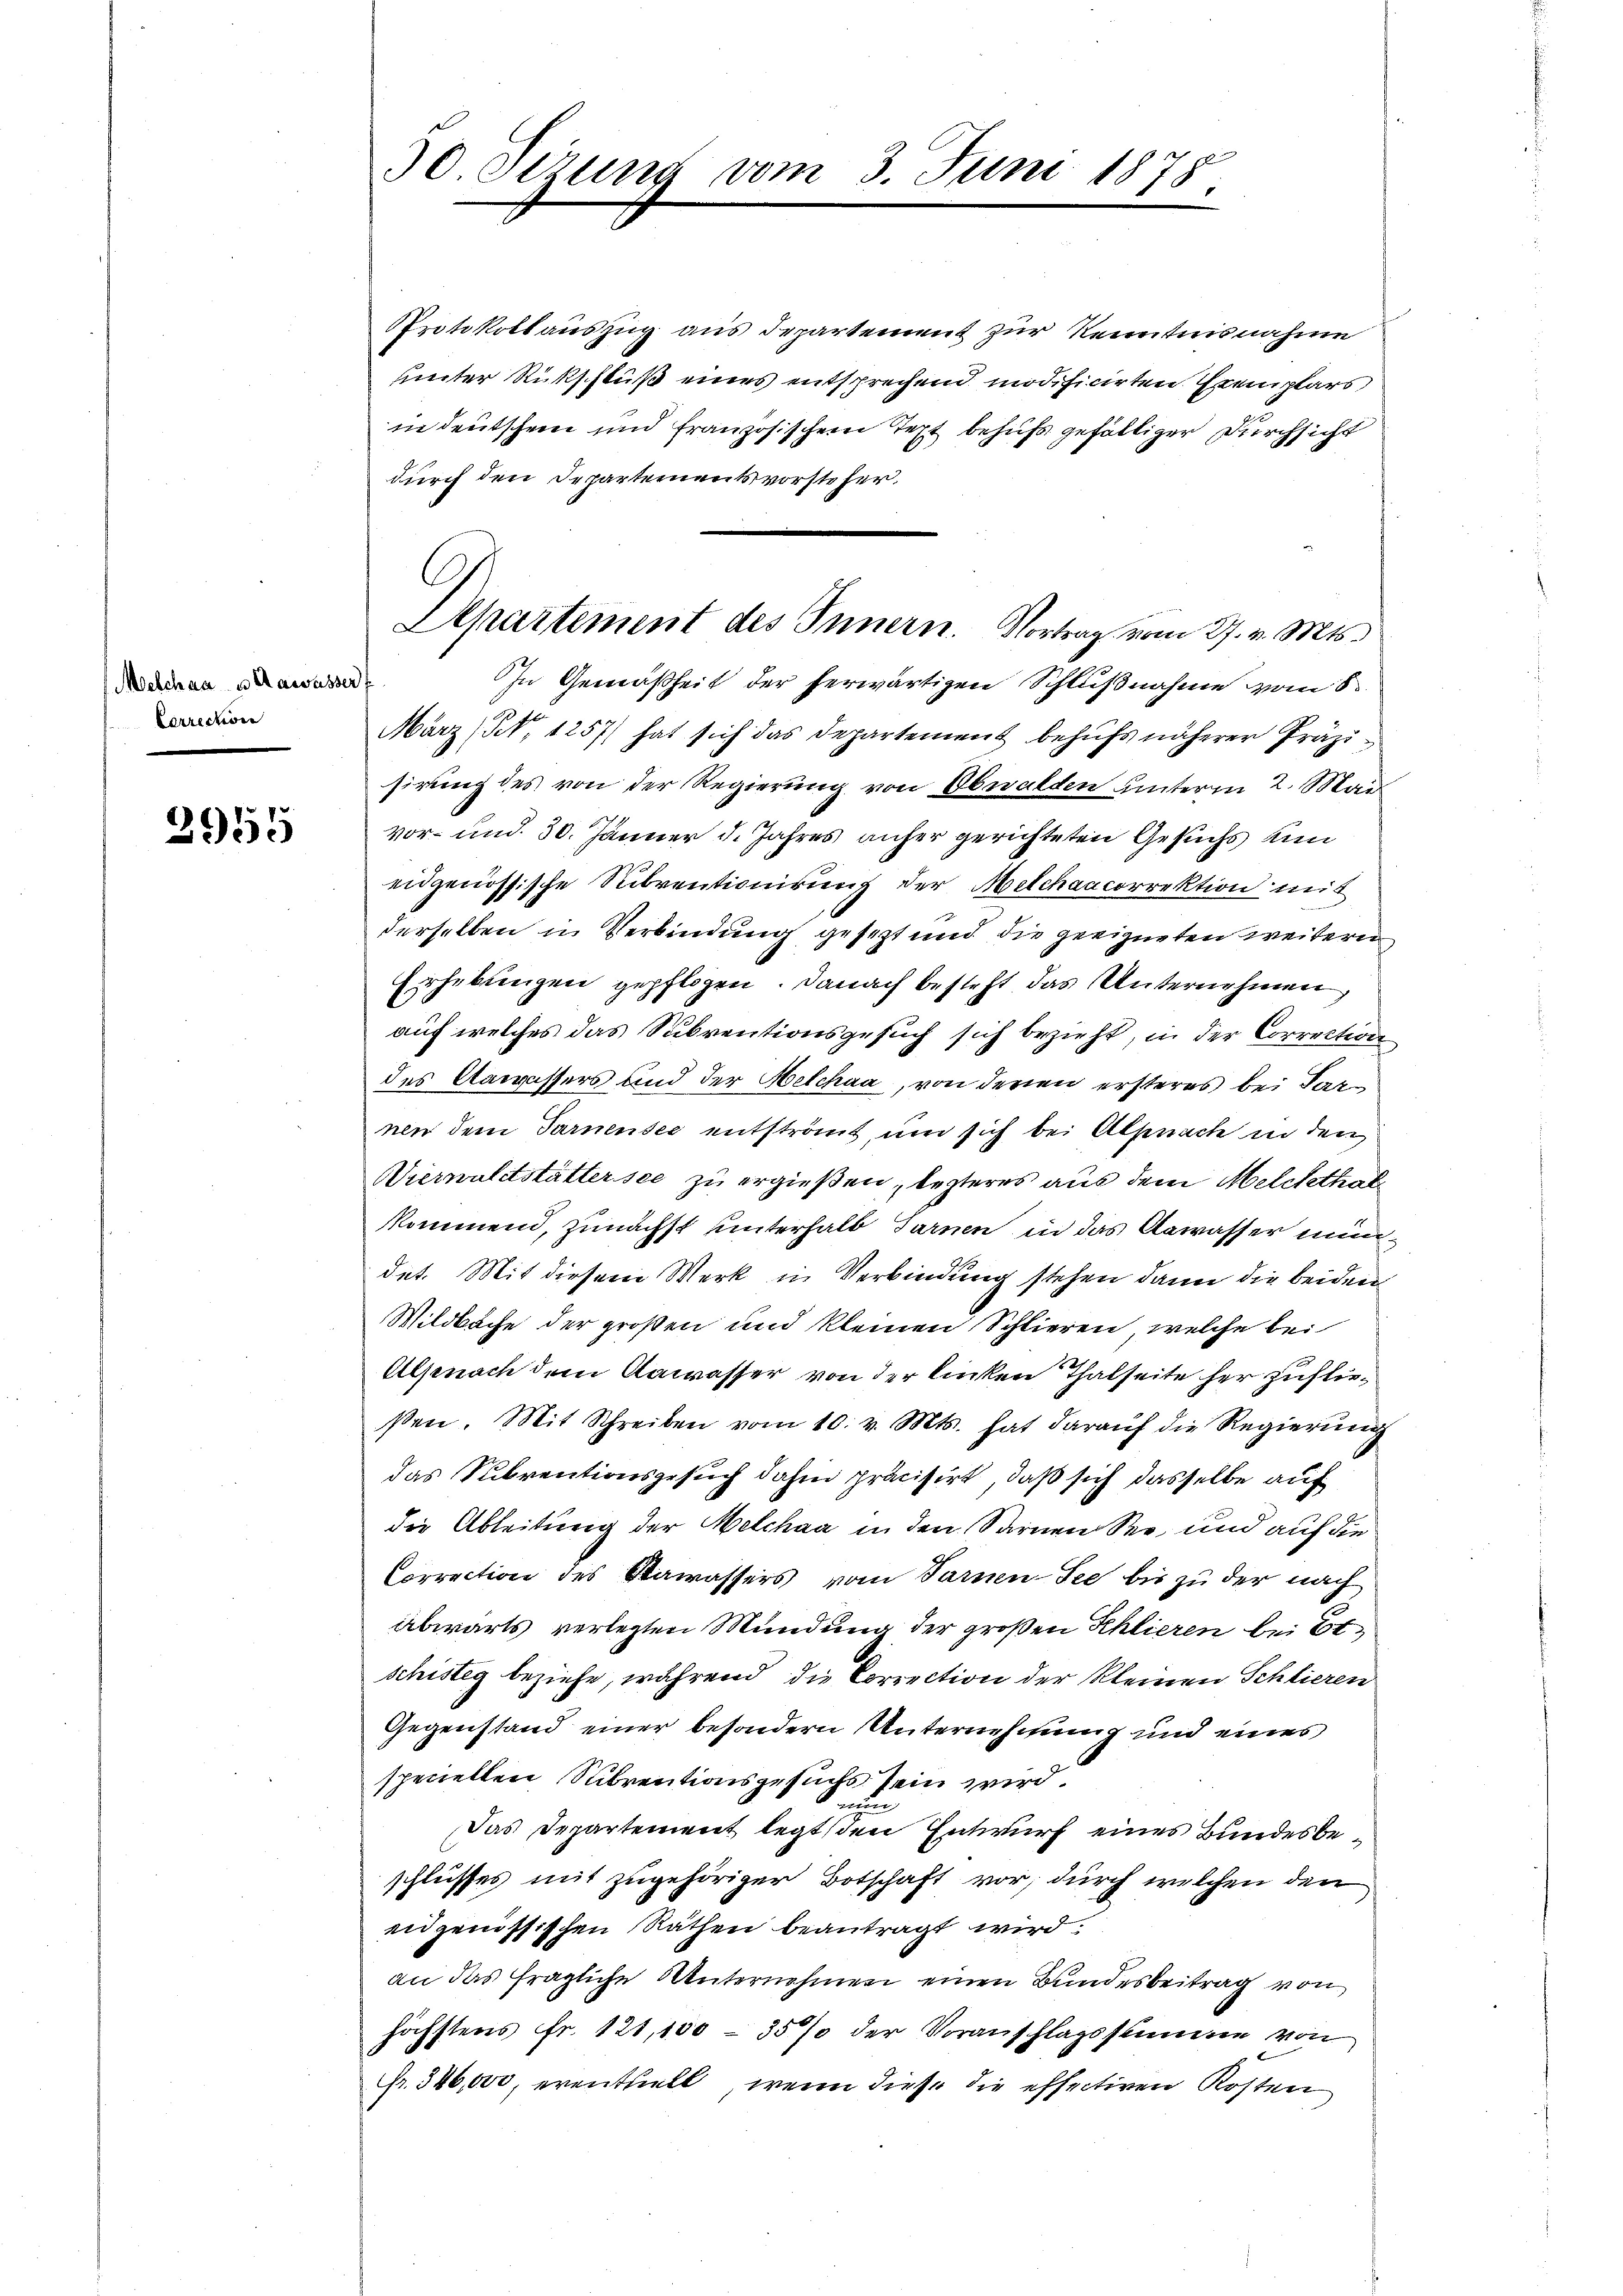
Melchau u. Aawasser
Correction

2955

30 Sizung vom 3. Juni 1878

Protokollauszug aus Departement zur Kenntnisnahme
unter Rückschluß eines entsprechend modificirten Exemplars)
in deutschein und französischem Text behufs gefältiger Durchsicht
durch den Departementsvorsteher.
In Gemäßheit der herwärtigen Schlußnahme vom 8.
März (N. 1257) hat sich das Departement behufs näherer Präzisirung des von der Regierung von Obwalden unterm 2. Mai
vor- und 30. Jänner d. Jahres anher gerichteten Gesuchs um
eidgenössische Subventionirung der Melchaacorrektion mit
derselben in Verbindung gesezt und die geeigneten weitern,
Erhebungen gepflogen. Danach besteht, das Unternehmen,
auf welches das Subventionsgesuch sich bezieht, in der Correction,
des Aawassers und der Helchaa, von deren ersteres bei Parnen dem Tarnensee entströmt, um sich bei Alpnach in den
Wiernalitstättersee zu ergießen, lezteres aus dem Melctethalkkommend, zunächst unterhalb Tarnen in das Aawasser nundet. Mit diesem Werk in Verbindung stehen dann die beiden
Wildbache der großen und kleinen Schlieren, welche bei
Alsenach dem Aawasser von der linken Thalseite her zufließen. Mit Schreiben vom 10. v. Mts. hat darauf die Regierung
das Subventionsgesuch dahin präcisirt, daß sich dasselbe auf
die Ableitung der Melchaa in den Sarnen See und auf die
Correction des Wawassers vom Sarnen-See bis zu der nach
abwärts verlegten Mündung der großen Khlieren bei Et
schistig beziehe, während die Correction der kleinen Schlieren
Gegenstand einer besondern Unternehmung und eines
speciellen Sabrentionsgesuchs sein wird
i
Das Departement legt den Entwurf eines Bundesbeschlusses mit zugehöriger Botschaft vor, durch welchen den
enzenössischen Räthen beantragt wird.
an das fragliche Unternehmen einen Bundesbeitrag von
höchstens Fr. 121,100 - 35 % der Voranschlagsstimme von
fr. 346,000, eventhielt, wenn diese die effectiven Kosten

Departement des Innern. Vortrag vom 27. v. Mts.